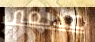
عديمي